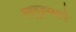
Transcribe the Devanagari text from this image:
सद्‌गृहस्थाने